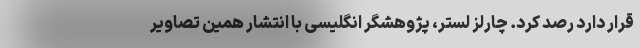
قرار دارد رصد کرد. چارلز لستر، پژوهشگر انگلیسی با انتشار همین تصاویر